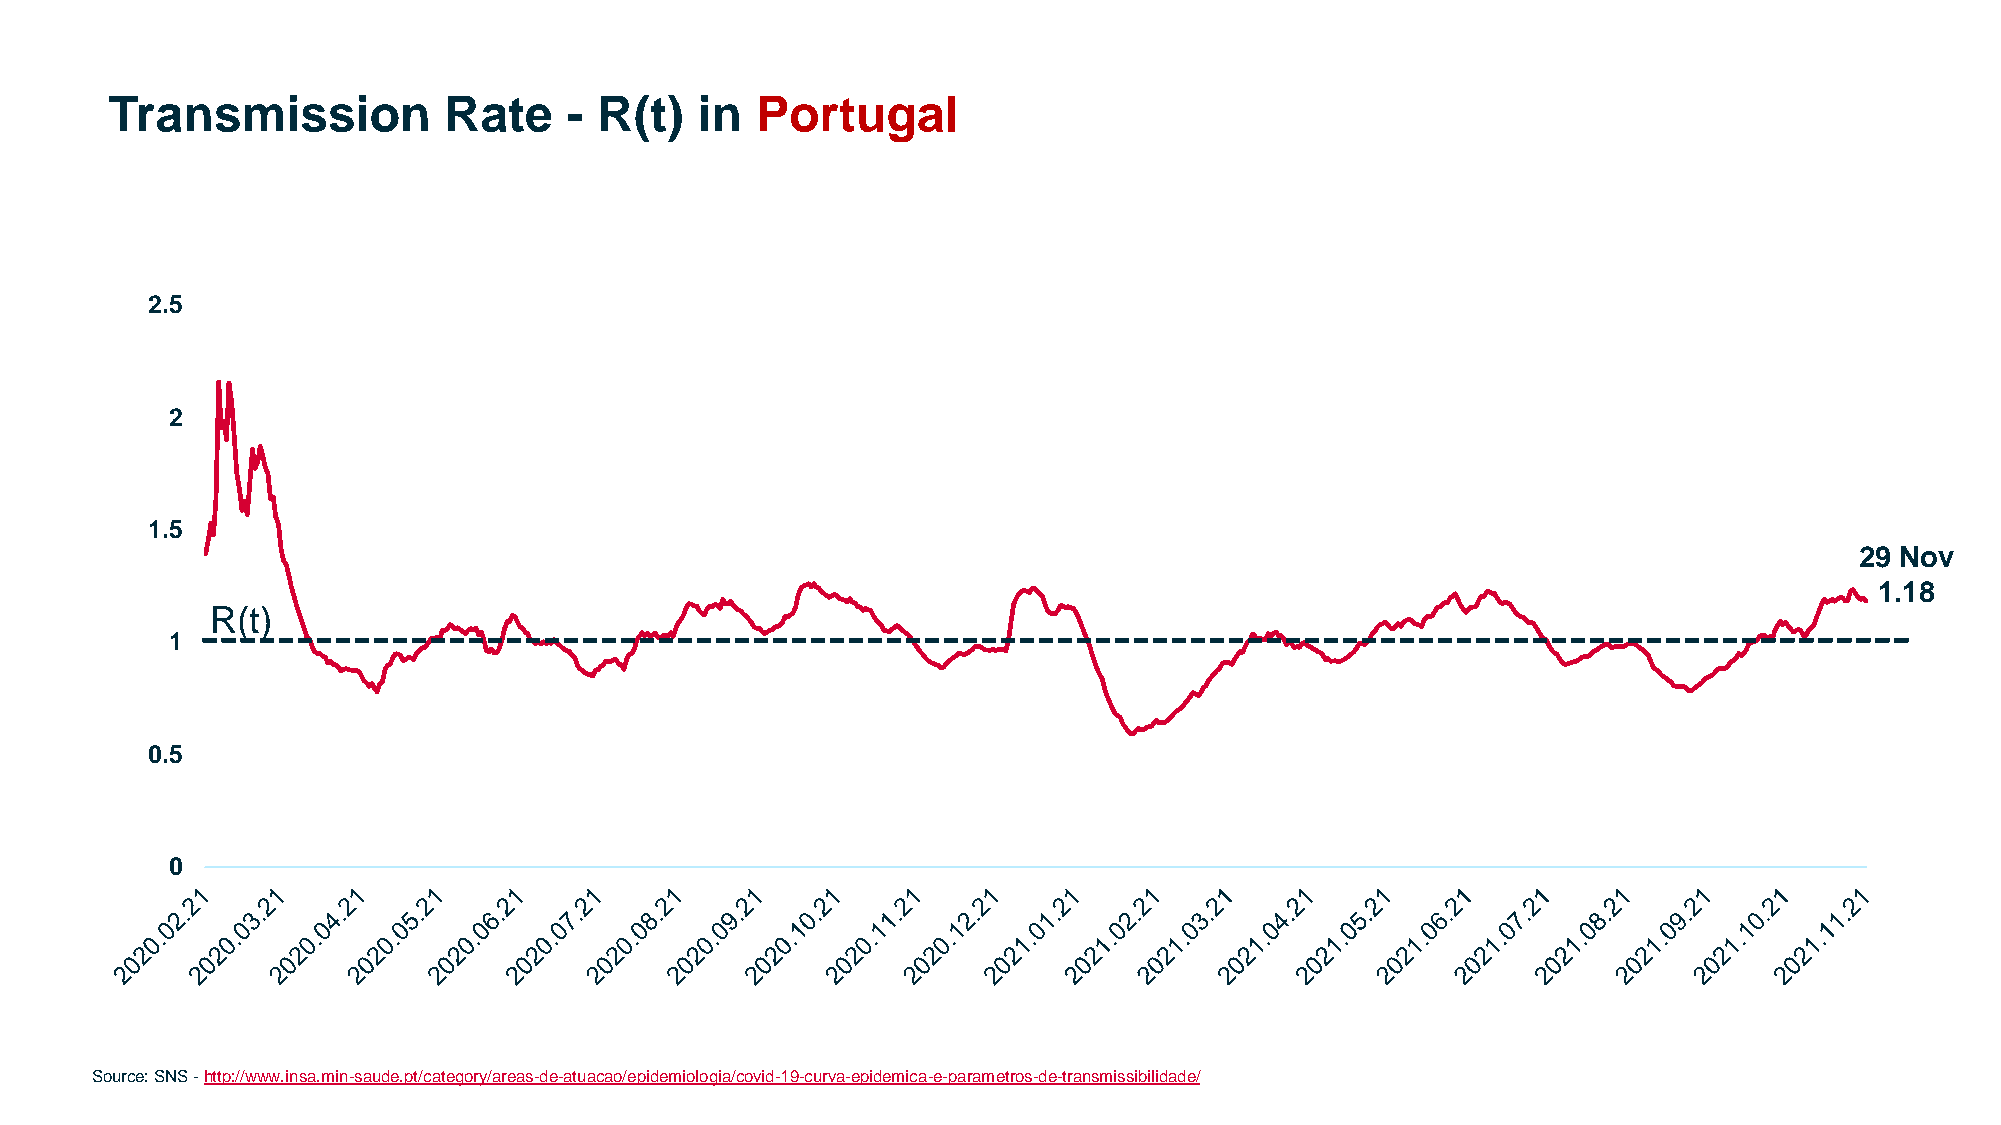
Transmission          Rate     - R(t)  in  Portugal
 2.5
 2
 1.5
 29 Nov
 1.18
 R(t)
 1
 0.5
 0
 2021                                                          Confidential Hovione © 2021 29
 Source: SNS -http://www.insa.min-saude.pt/category/areas-de-atuacao/epidemiologia/covid-19-curva-epidemica-e-parametros-de-transmissibilidade/